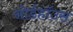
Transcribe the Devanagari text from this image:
नोर्डहॉउस